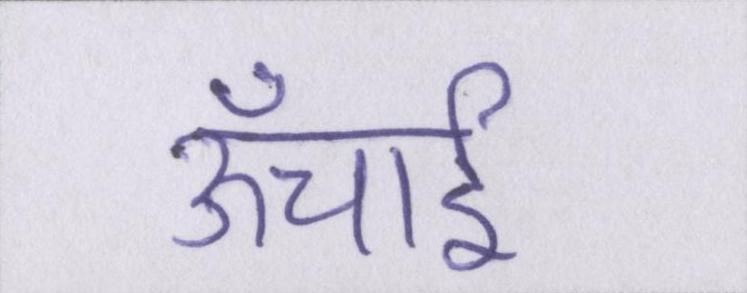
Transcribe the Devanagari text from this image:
ऊँचाई